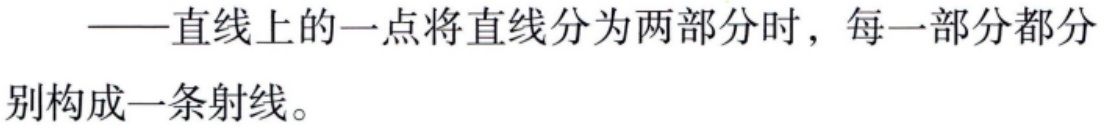
——直线上的一点将直线分为两部分时，每一部分都分别构成一条射线。